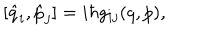
[ \hat { q } _ { i } , \hat { p } _ { j } ] = i \hbar g _ { i j } ( q , p ) ,